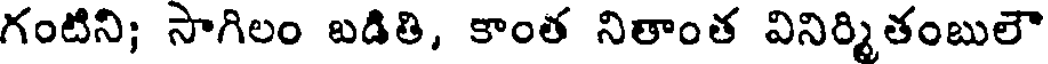
గంటిని; సాగిలం బడితి, కాంత నితాంత వినిర్మితంబులౌ